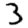
Digit: 3